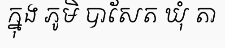
ក្នុង ភូមិ បាសែត ឃុំ តា